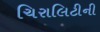
ચિરાલિટીની